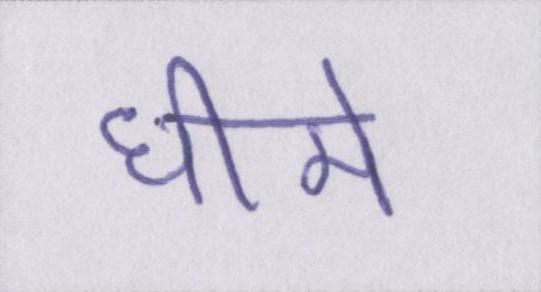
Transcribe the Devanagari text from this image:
धीमे